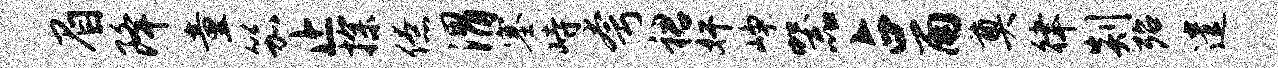
眉降童笳止探僚渭塞峙夸裙奸峥器占雨奠律剡殆遣